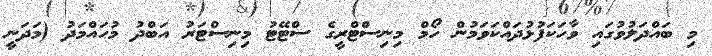
މި ބައްދަލުވުގައި ވާހަކަފުޅުދައްކަވަމުން ހޯމް މިނިސްޓްރީގެ ސްޓޭޓު މިނިސްޓަރު އަބްދު މުހައްމަދު (މަދަނީ